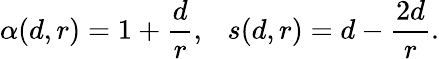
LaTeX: \alpha(d,r)=1+\frac{d}{r},\ \ \ s(d,r)=d-\frac{2d}{r}.